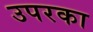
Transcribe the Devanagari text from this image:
उपरका